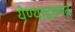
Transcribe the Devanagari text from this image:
येण्याइतपत